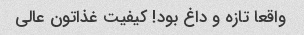
واقعا تازه و داغ بود! کیفیت غذاتون عالی